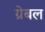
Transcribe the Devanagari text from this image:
ग्रेबल